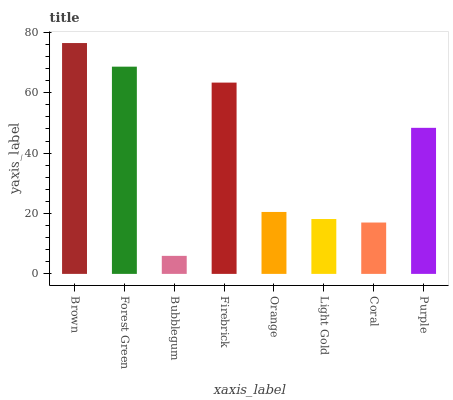
| xaxis_label | bars |
 | --- | --- |
 | Brown | 76.5 |
 | Forest Green | 68.6 |
 | Bubblegum | 5.97 |
 | Firebrick | 63.4 |
 | Orange | 20.5 |
 | Light Gold | 18.2 |
 | Coral | 17 |
 | Purple | 48.4 |